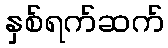
နှစ်ရက်ဆက်